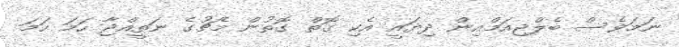
ނަމަވެސް ބެލްޖިއަމްއިން ދިޔައީ އެކި ގޮތް ގޮތުން މެޗުގެ ނަތީއްޖާ ހަމަ ހަމަ